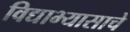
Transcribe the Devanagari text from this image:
विद्याभ्यासाचे